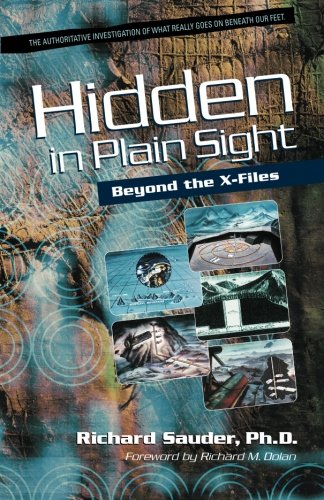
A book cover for Hidden in Plain Sight: Beyond the X-Files; Ph.D. Dr. Richard Sauder; Engineering & Transportation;